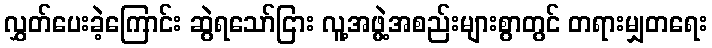
လွှတ်ပေးခဲ့ကြောင်း ဆွဲရသော်ငြား လူ့အဖွဲ့အစည်းများစွာတွင် တရားမျှတရေး